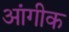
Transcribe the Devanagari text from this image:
आंगीक